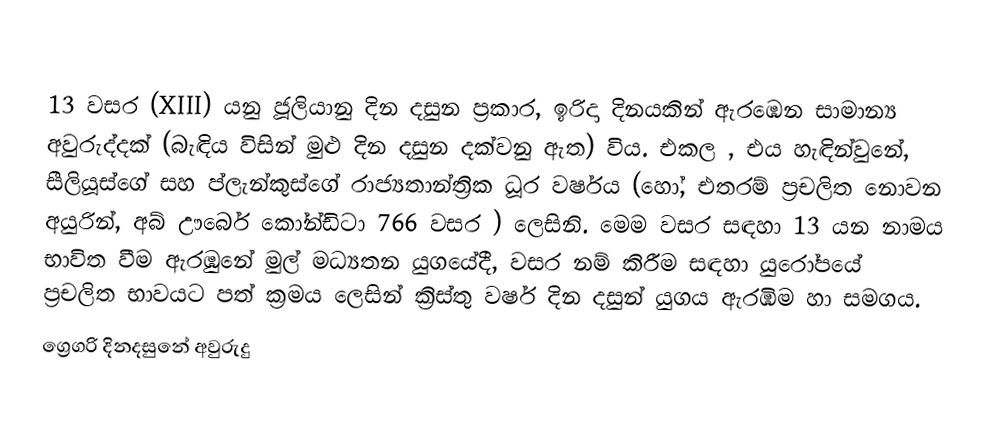

13 වසර (XIII) යනු ජූලියානු දින දසුන ප්‍රකාර,   ඉරිදා දිනයකින් ඇරඹෙන සාමාන්‍ය අවුරුද්දක් (බැඳිය විසින් මුළු දින දසුන දක්වනු ඇත) විය. එකල ,  එය හැඳින්වුනේ, සීලියූස්ගේ සහ  ප්ලැන්කුස්ගේ රාජ්‍යතාන්ත්‍රික  ධූර වර්ෂය (හෝ, එතරම් ප්‍රචලිත නොවන අයුරින්,  අබ් ඌර්බෙ කෝන්ඩිටා 766 වසර  ) ලෙසිනි. මෙම වසර සඳහා 13 යන නාමය භාවිත වීම ඇරඹුනේ මුල් මධ්‍යතන යුගයේදී, වසර නම් කිරීම සඳහා යුරෝපයේ ප්‍රචලිත භාවයට පත් ක්‍රමය ලෙසින් ක්‍රිස්තු වර්ෂ දින දසුන් යුගය ඇරඹීම හා සමගය.
ග්‍රෙගරි දිනදසුනේ අවුරුදු